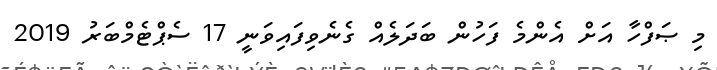
މި ޞަފްހާ އަށް އެންމެ ފަހުން ބަދަލެއް ގެނެވިފައިވަނީ 17 ސެޕްޓެމްބަރު 2019